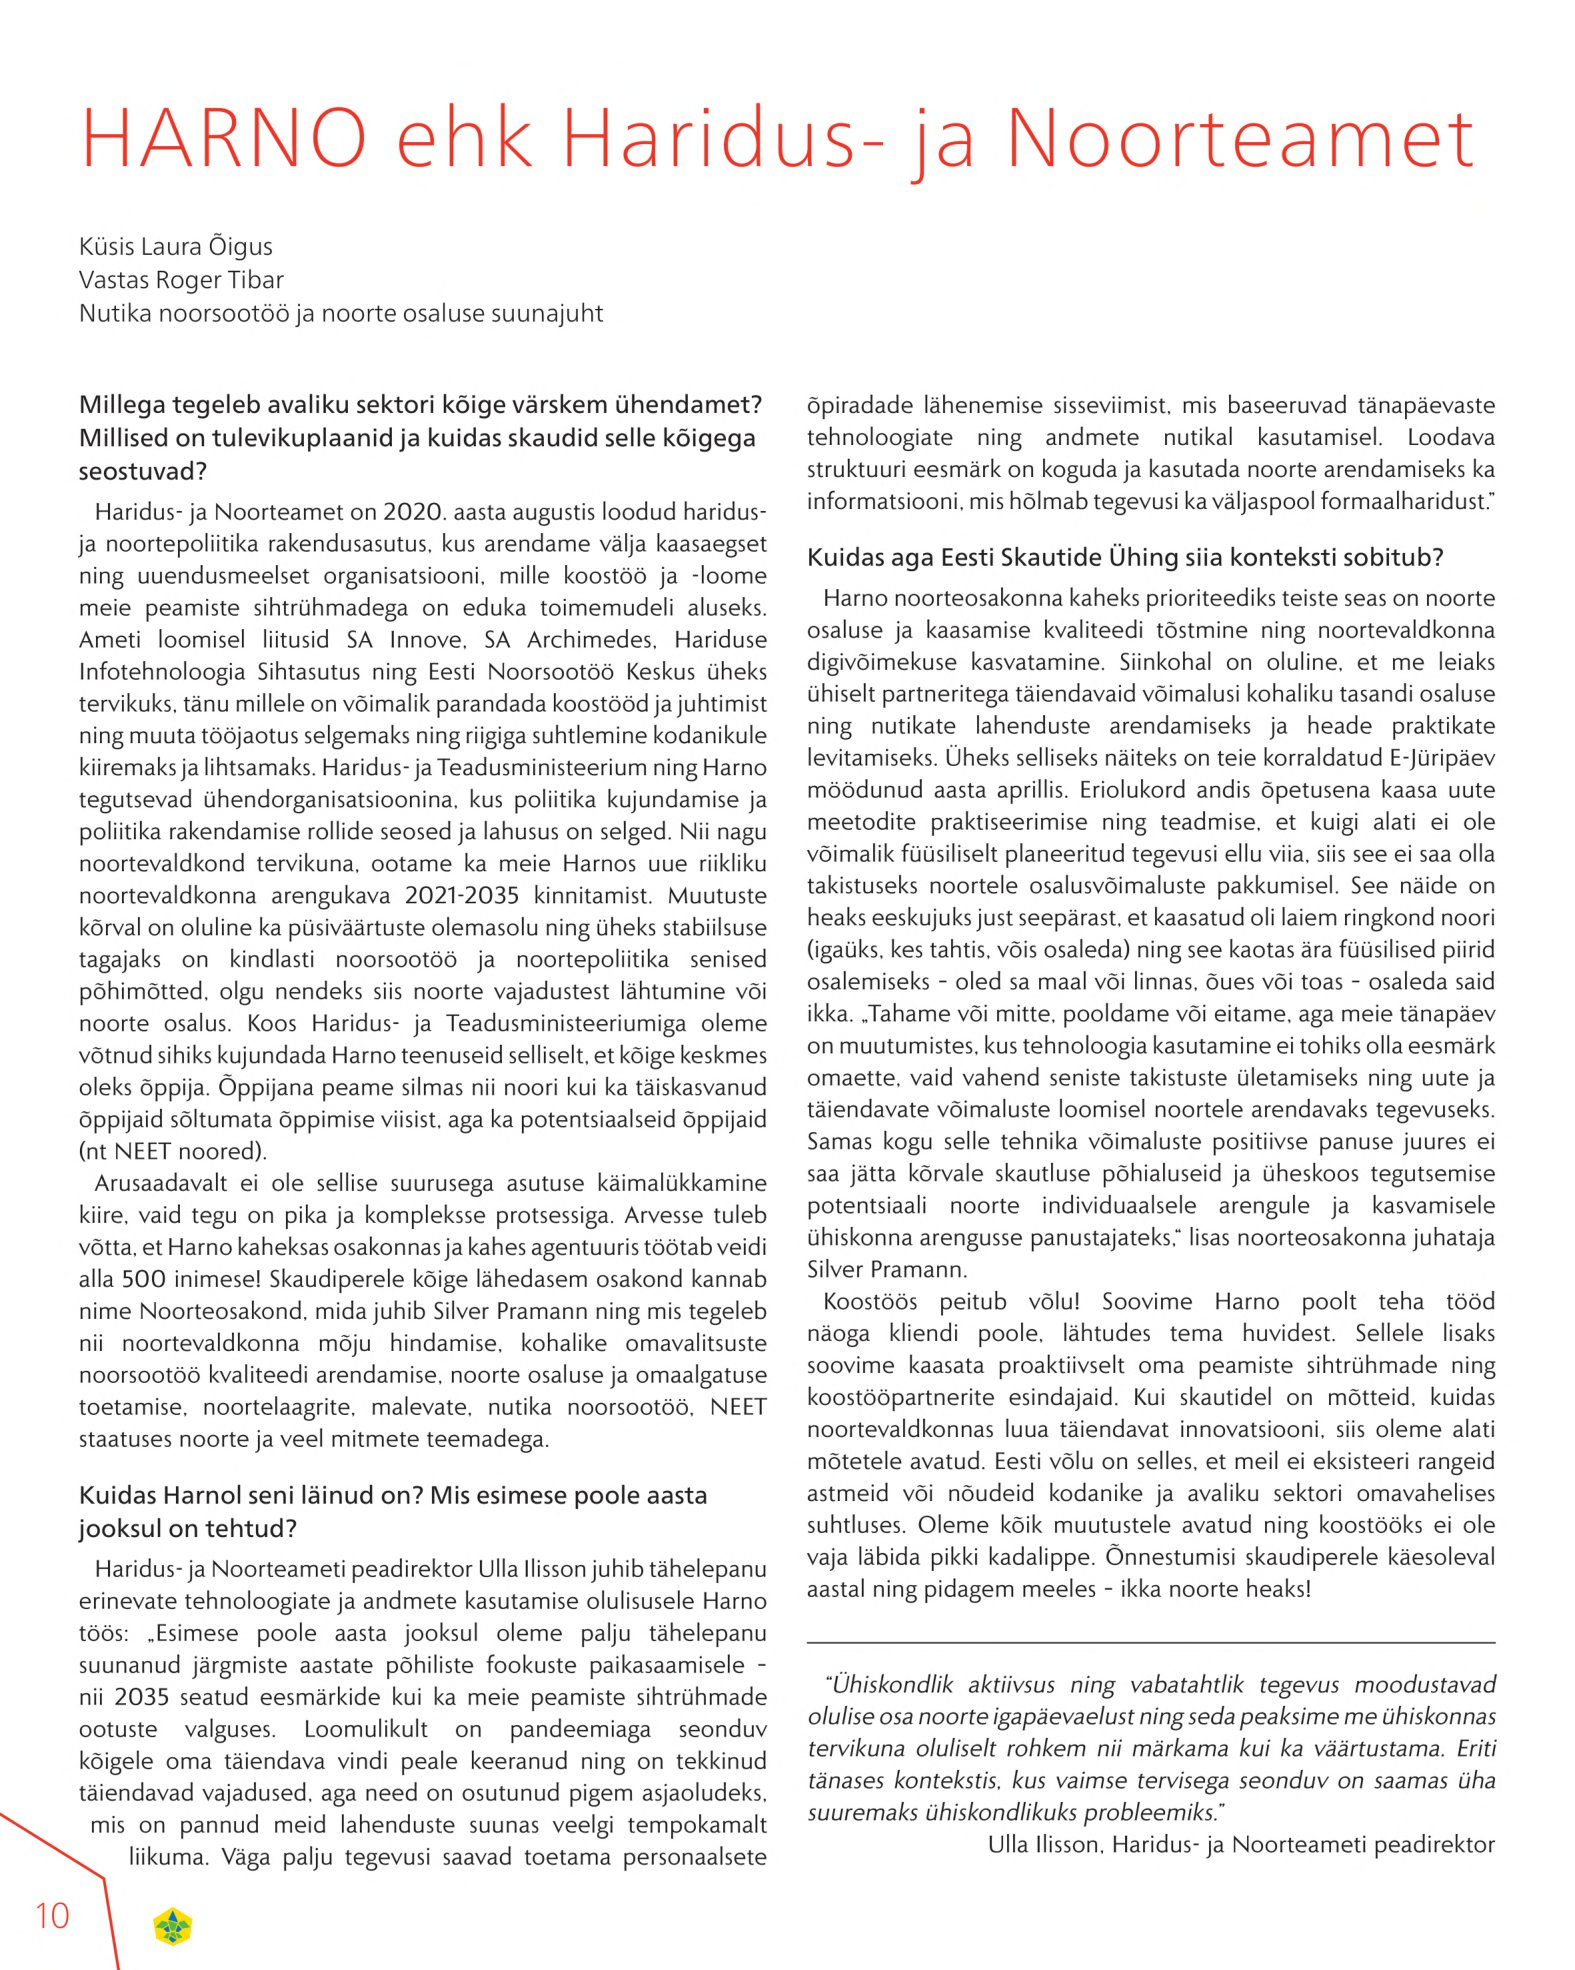
Language: et